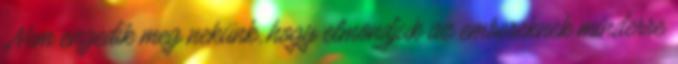
„Nem engedik meg nekünk, hogy elmondjuk az embereknek minderre